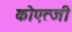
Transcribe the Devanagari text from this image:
कोएत्जी